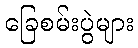
ခြေစမ်းပွဲများ